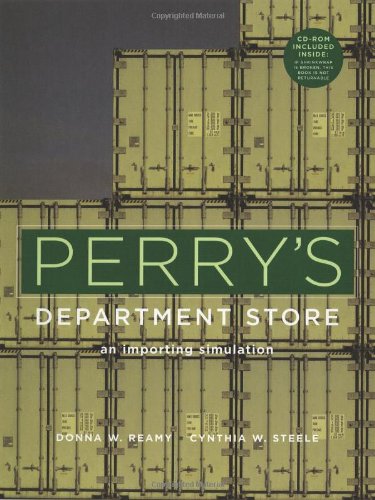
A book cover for Perry's Department Store: an importing simulation; Donna W. Reamy; Business & Money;